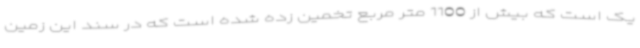
یک است که بیش از 1100 متر مربع تخمین زده شده است که در سند این زمین